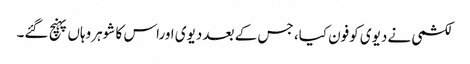
لکشمی نے دیوی کوفون کیا، جس کے بعد دیوی اوراس کا شوہروہاں پہنچ گئے۔